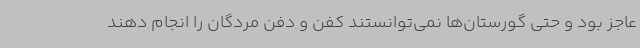
عاجز بود و حتی گورستان‌ها نمی‌توانستند کفن و دفن مردگان را انجام دهند